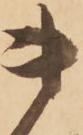
貴